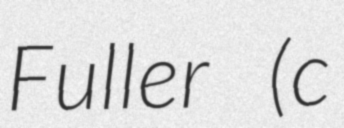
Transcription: Fuller (c